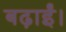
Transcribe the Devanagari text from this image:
बढ़ाईं।